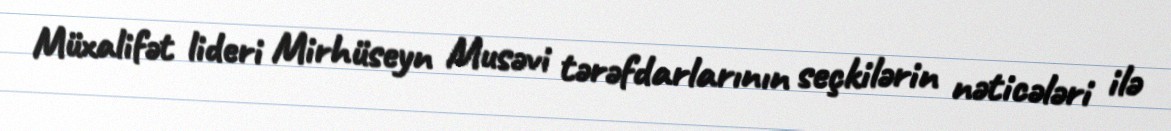
Müxalifət lideri Mirhüseyn Musəvi tərəfdarlarının seçkilərin nəticələri ilə